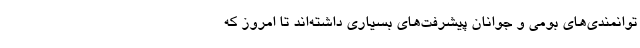
توانمندی‌های بومی و جوانان پیشرفت‌های بسیاری داشته‌اند تا امروز که